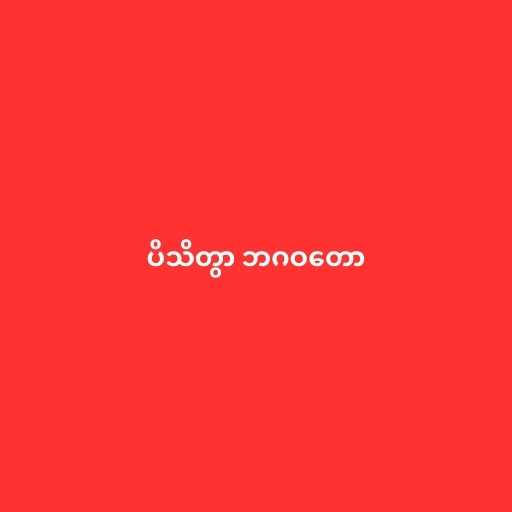
ပိသိတွာ ဘဂဝတော